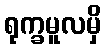
ရုက္ခမူလမှိ